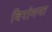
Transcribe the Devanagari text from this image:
विरांगना